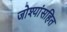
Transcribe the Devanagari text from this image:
जोश्यांसहित